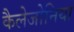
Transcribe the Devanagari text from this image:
कैलेजोनिया